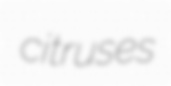
citruses